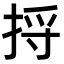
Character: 捋